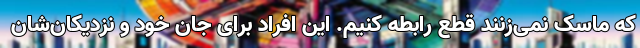
که ماسک نمی‌زنند قطع رابطه کنیم. این افراد برای جان خود و نزدیکان‌شان